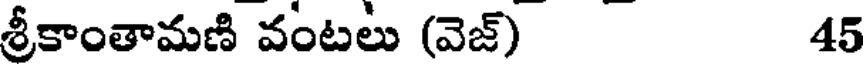
శ్రీకాంతామణి వంటలు (వెజ్) 45